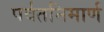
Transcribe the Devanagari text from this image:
पर्वतनिमार्ण